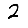
Digit: 2